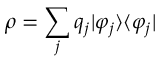
\rho = \sum _ { j } q _ { j } | \varphi _ { j } \rangle \langle \varphi _ { j } |